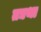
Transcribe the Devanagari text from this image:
तद्यथा